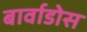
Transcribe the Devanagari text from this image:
बार्वाडोस